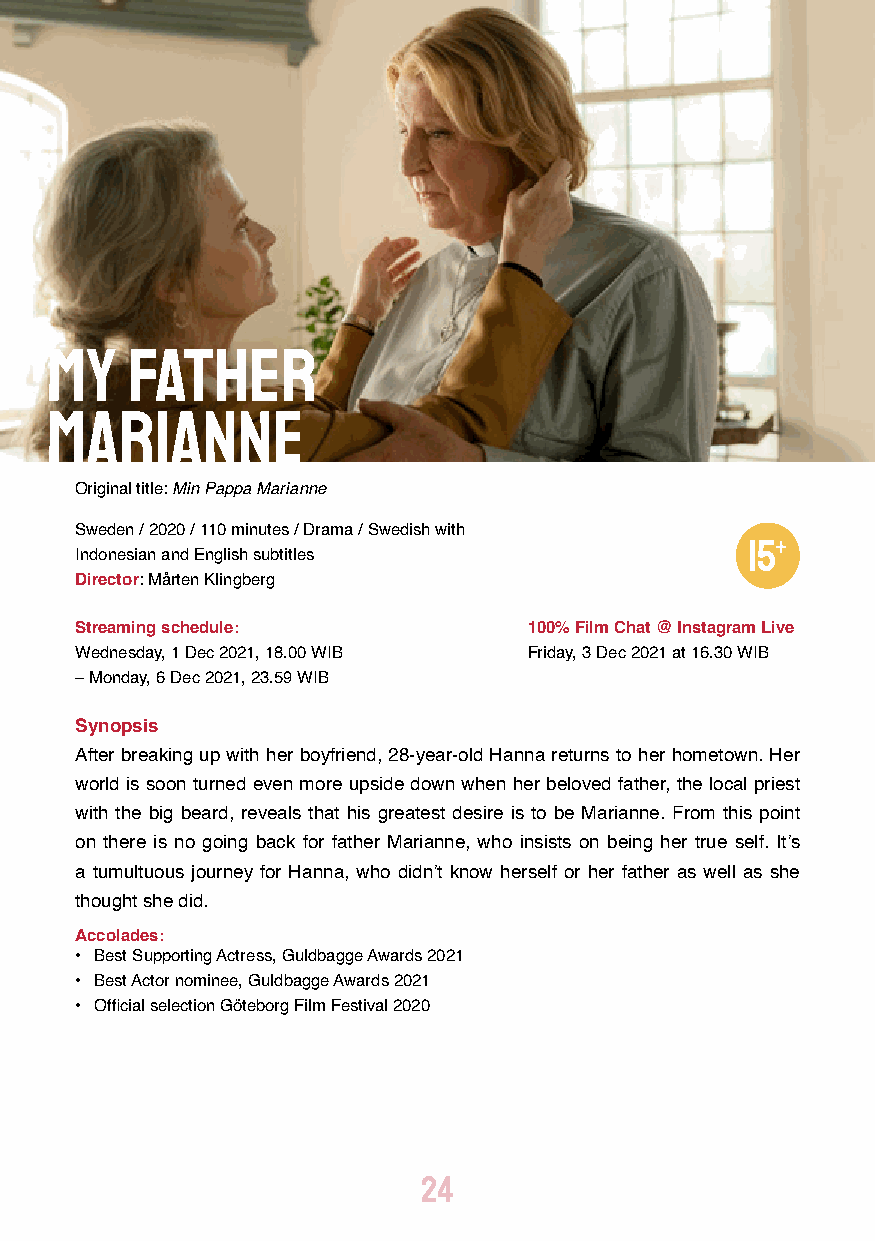
My   Father
 Marianne
 Original title: Min Pappa Marianne
 Sweden / 2020 / 110 minutes / Drama / Swedish with
 Indonesian and English subtitles
 Director: Mårten Klingberg
 Streaming schedule:           100% Film Chat @ Instagram Live
 Wednesday, 1 Dec 2021, 18.00 WIB Friday, 3 Dec 2021 at 16.30 WIB
 – Monday, 6 Dec 2021, 23.59 WIB
 Synopsis
 After breaking up with her boyfriend, 28-year-old Hanna returns to her hometown. Her
 world is soon turned even more upside down when her beloved father, the local priest
 with the big beard, reveals that his greatest desire is to be Marianne. From this point
 on there is no going back for father Marianne, who insists on being her true self. It’s
 a tumultuous journey for Hanna, who didn’t know herself or her father as well as she
 thought she did.
 Accolades:
 • Best Supporting Actress, Guldbagge Awards 2021
 • Best Actor nominee, Guldbagge Awards 2021
 • Official selection Göteborg Film Festival 2020
 24